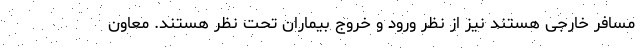
مسافر خارجی هستند نیز از نظر ورود و خروج بیماران تحت نظر هستند. معاون